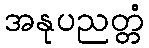
အနုပညတ္တံ